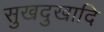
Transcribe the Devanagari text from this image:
सुखदुखादि